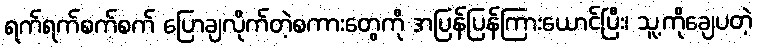
ရက်ရက်စက်စက် ပြောချလိုက်တဲ့စကားတွေကို အပြန်ပြန်ကြားယောင်ပြီး၊ သူ့ကိုချေပတဲ့